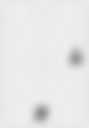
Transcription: Споменик „Илинден“